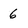
Character: 6